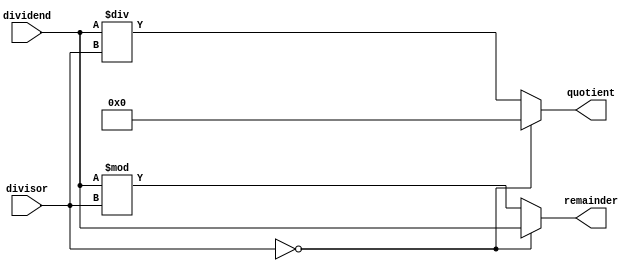
module AsynchronousDivider (
    input wire [31:0] dividend,
    input wire [31:0] divisor,
    output reg [31:0] quotient,
    output reg [31:0] remainder
);

// Asynchronous Divider design
always @*
begin
    // Special case handling for division by zero
    if(divisor == 0)
    begin
        quotient <= 32'h0;
        remainder <= dividend;
    end
    else
    begin
        // Perform division operation
        quotient <= dividend / divisor;
        remainder <= dividend % divisor;
    end
end

endmodule